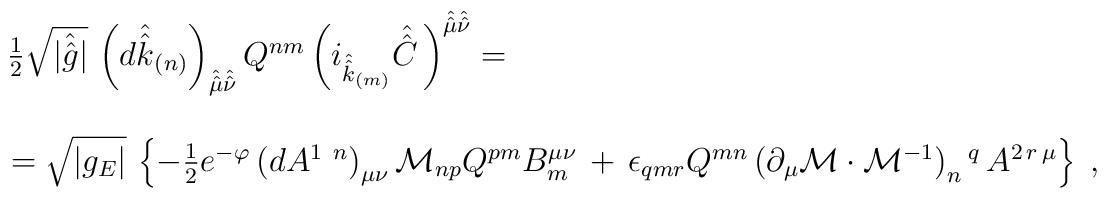
\begin{array}{rcl}\textstyle{\frac{1}{2}}\sqrt{|\hat{\hat{g}}|}\, \left(d\hat{\hat{k}}_{(n)}\right)_{\hat{\hat{\mu}}\hat{\hat{\nu}}}Q^{nm} \left(i_{\hat{\hat{k}}_{(m)}}\hat{\hat{C}\,}\right)^{\hat{\hat{\mu}}\hat{\hat{\nu}}}= & & \\& & \\& & \hspace{-7cm}=\sqrt{|g_{E}|}\, \left\{-\textstyle{\frac{1}{2}} e^{-\varphi} \left( dA^{1\ n}\right)_{\mu\nu}   \mathcal{M}_{np}Q^{pm}B_{m}^{\mu\nu}\,+\, \epsilon_{qmr}Q^{mn}\left(                             \partial_{\mu}\mathcal{M}\cdot \mathcal{M}^{-1}                     \right)_{n}{}^{q}\, A^{2\,r\,\mu} \right\}\; ,\\\end{array}